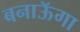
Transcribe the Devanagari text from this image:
बनाऊॅगा